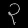
Digit: ၃